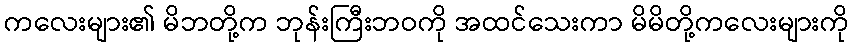
ကလေးများ၏ မိဘတို့က ဘုန်းကြီးဘဝကို အထင်သေးကာ မိမိတို့ကလေးများကို